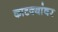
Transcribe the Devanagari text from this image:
काटक्यांवर